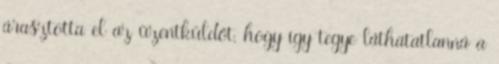
árasztotta el az üzentküldőt, hogy így tegye láthatatlanná a